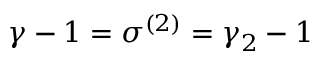
\gamma - 1 = \sigma ^ { ( 2 ) } = \gamma _ { 2 } - 1